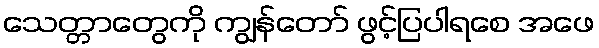
သေတ္တာတွေကို ကျွန်တော် ဖွင့်ပြပါရစေ အဖေ